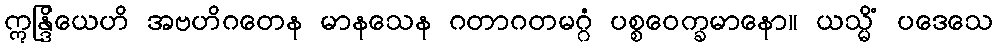
ဣန္ဒြိယေဟိ အဗဟိဂတေန မာနသေန ဂတာဂတမဂ္ဂံ ပစ္စဝေက္ခမာနော။ ယသ္မိံ ပဒေသေ